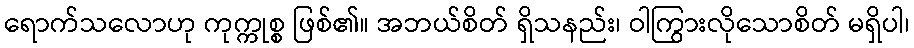
ရောက်သလောဟု ကုက္ကုစ္စ ဖြစ်၏။ အဘယ်စိတ် ရှိသနည်း၊ ဝါကြွားလိုသောစိတ် မရှိပါ၊